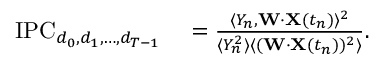
\begin{array} { r l } { \mathrm { I P C } _ { d _ { 0 } , d _ { 1 } , \ldots , d _ { T - 1 } } } & { { } = \frac { \langle Y _ { n } , \mathbf { W } \cdot \mathbf { X } ( t _ { n } ) \rangle ^ { 2 } } { \langle Y _ { n } ^ { 2 } \rangle \langle ( \mathbf { W } \cdot \mathbf { X } ( t _ { n } ) ) ^ { 2 } \rangle } . } \end{array}